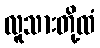
လူသားတို့ထံ